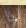
لذا